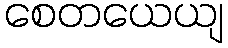
စေတယေယျ